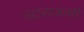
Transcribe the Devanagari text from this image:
नटराजाची